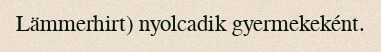
Lämmerhirt) nyolcadik gyermekeként.